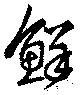
鮮